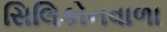
સિલિકોનવાળા